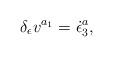
LaTeX: \begin{align*}\delta _\epsilon v^{a_1}=\dot \epsilon _3^a,\end{align*}